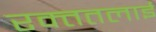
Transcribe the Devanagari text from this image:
रक्‍ततलाई